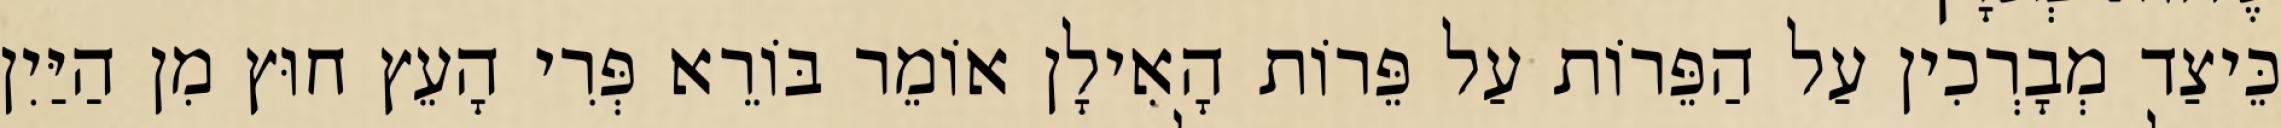
כֵּיצַד מְבָרְכִין עַל הַפֵּרוֹת עַל פֵּרוֹת הָאִילָן אוֹמֵר בּוֹרֵא פְּרִי הָעֵץ חוּץ מִן הַיַּיִן